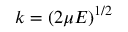
k = ( 2 \mu E ) ^ { 1 / 2 }